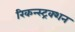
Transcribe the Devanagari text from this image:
रिकन्स्ट्रक्शन